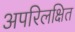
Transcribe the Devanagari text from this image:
अपरिलक्षित